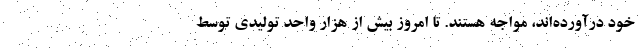
خود درآورده‌اند، مواجه هستند. تا امروز بیش از هزار واحد تولیدی توسط